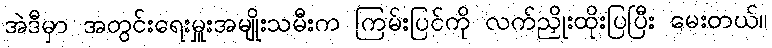
အဲဒီမှာ အတွင်းရေးမှူးအမျိုးသမီးက ကြမ်းပြင်ကို လက်ညှိုးထိုးပြပြီး မေးတယ်။